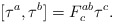
\begin{align*}[\tau^{a},\tau^{b}]=F_{c}^{ab}\tau^{c}.\end{align*}